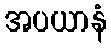
အပယာနံ